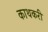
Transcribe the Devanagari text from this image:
काथकरी